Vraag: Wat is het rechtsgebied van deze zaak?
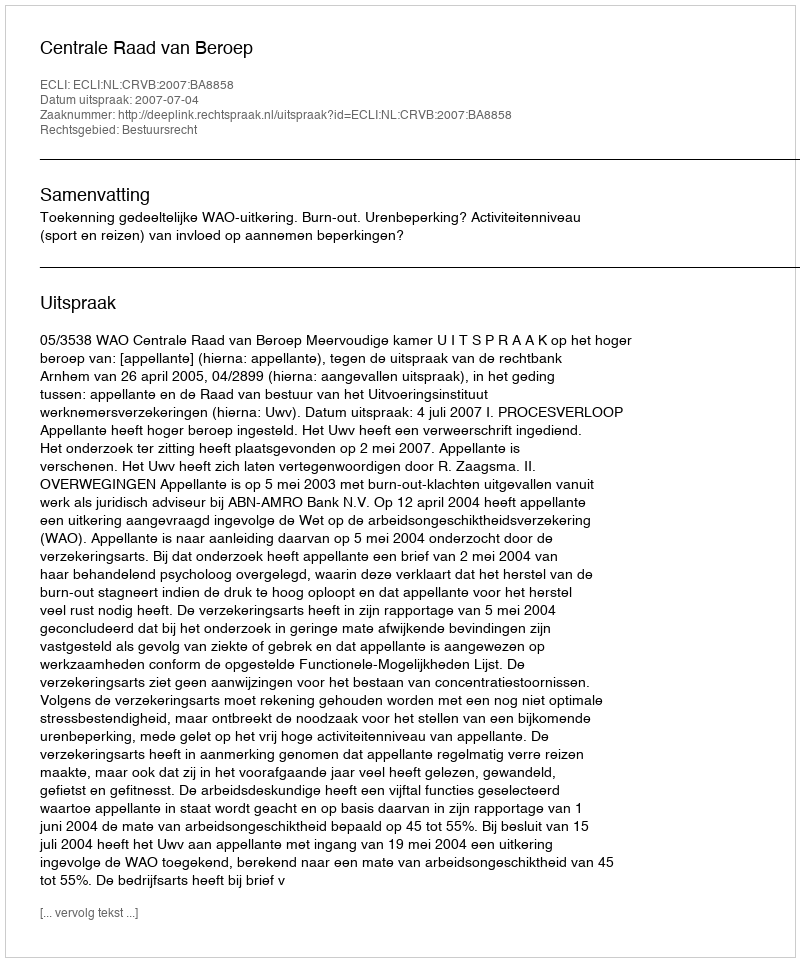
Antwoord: Bestuursrecht